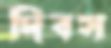
দিবস